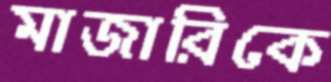
মাজারিকে